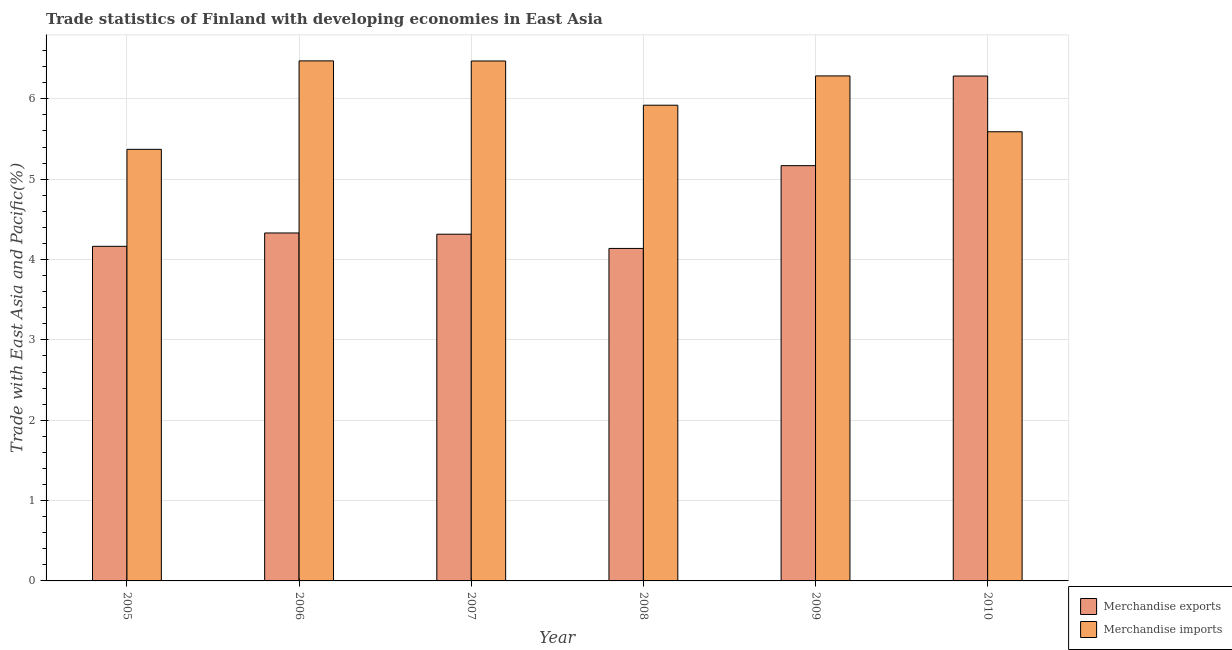
| Year | Merchandise exports | Merchandise imports |
 | --- | --- | --- |
 | 2005 | 4.16 | 5.37 |
 | 2006 | 4.33 | 6.47 |
 | 2007 | 4.31 | 6.47 |
 | 2008 | 4.14 | 5.92 |
 | 2009 | 5.17 | 6.28 |
 | 2010 | 6.28 | 5.59 |